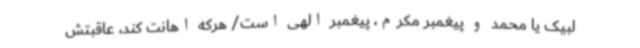
لبیک یا محمد و پیغمبر مکرم، پیغمبر الهی است/ هرکه اهانت کند، عاقبتش